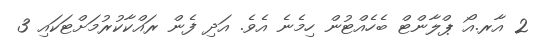
2 އާރ.އޯ ޕްލާންޓް ބެހެއްޓުން ހިމެނެ އެވެ. އަދި ފެން ރައްކާކުރުމަށްޓަކައި 3